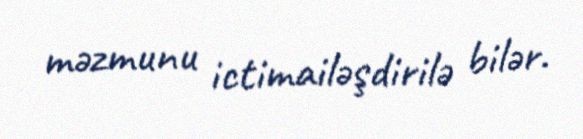
məzmunu ictimailəşdirilə bilər.